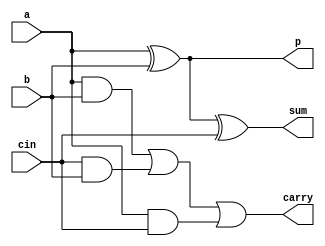
module FA (a,b,cin,sum,carry,p);
    input a;
    input b;
    input cin;

    output sum;
    output carry;
    output p;

    assign sum = a^b^cin;
    assign carry = (a&b)|(cin&b)|(a&cin);
    assign p= a^b;

endmodule